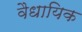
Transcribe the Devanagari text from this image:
वैधायिक